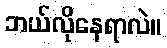
ဘယ်လိုနေရာလဲ။